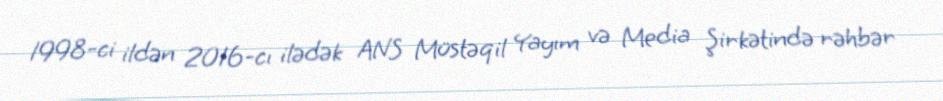
1998-ci ildən 2016-cı ilədək ANS Müstəqil Yayım və Media Şirkətində rəhbər